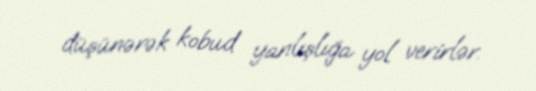
düşünərək kobud yanlışlığa yol verirlər.